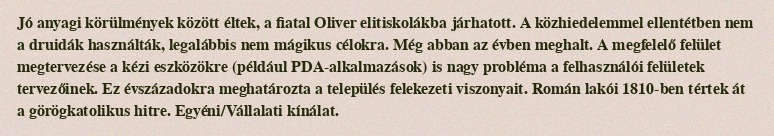
Jó anyagi körülmények között éltek, a fiatal Oliver elitiskolákba járhatott. A közhiedelemmel ellentétben nem a druidák használták, legalábbis nem mágikus célokra. Még abban az évben meghalt. A megfelelő felület megtervezése a kézi eszközökre (például PDA-alkalmazások) is nagy probléma a felhasználói felületek tervezőinek. Ez évszázadokra meghatározta a település felekezeti viszonyait. Román lakói 1810-ben tértek át a görögkatolikus hitre. Egyéni/Vállalati kínálat.